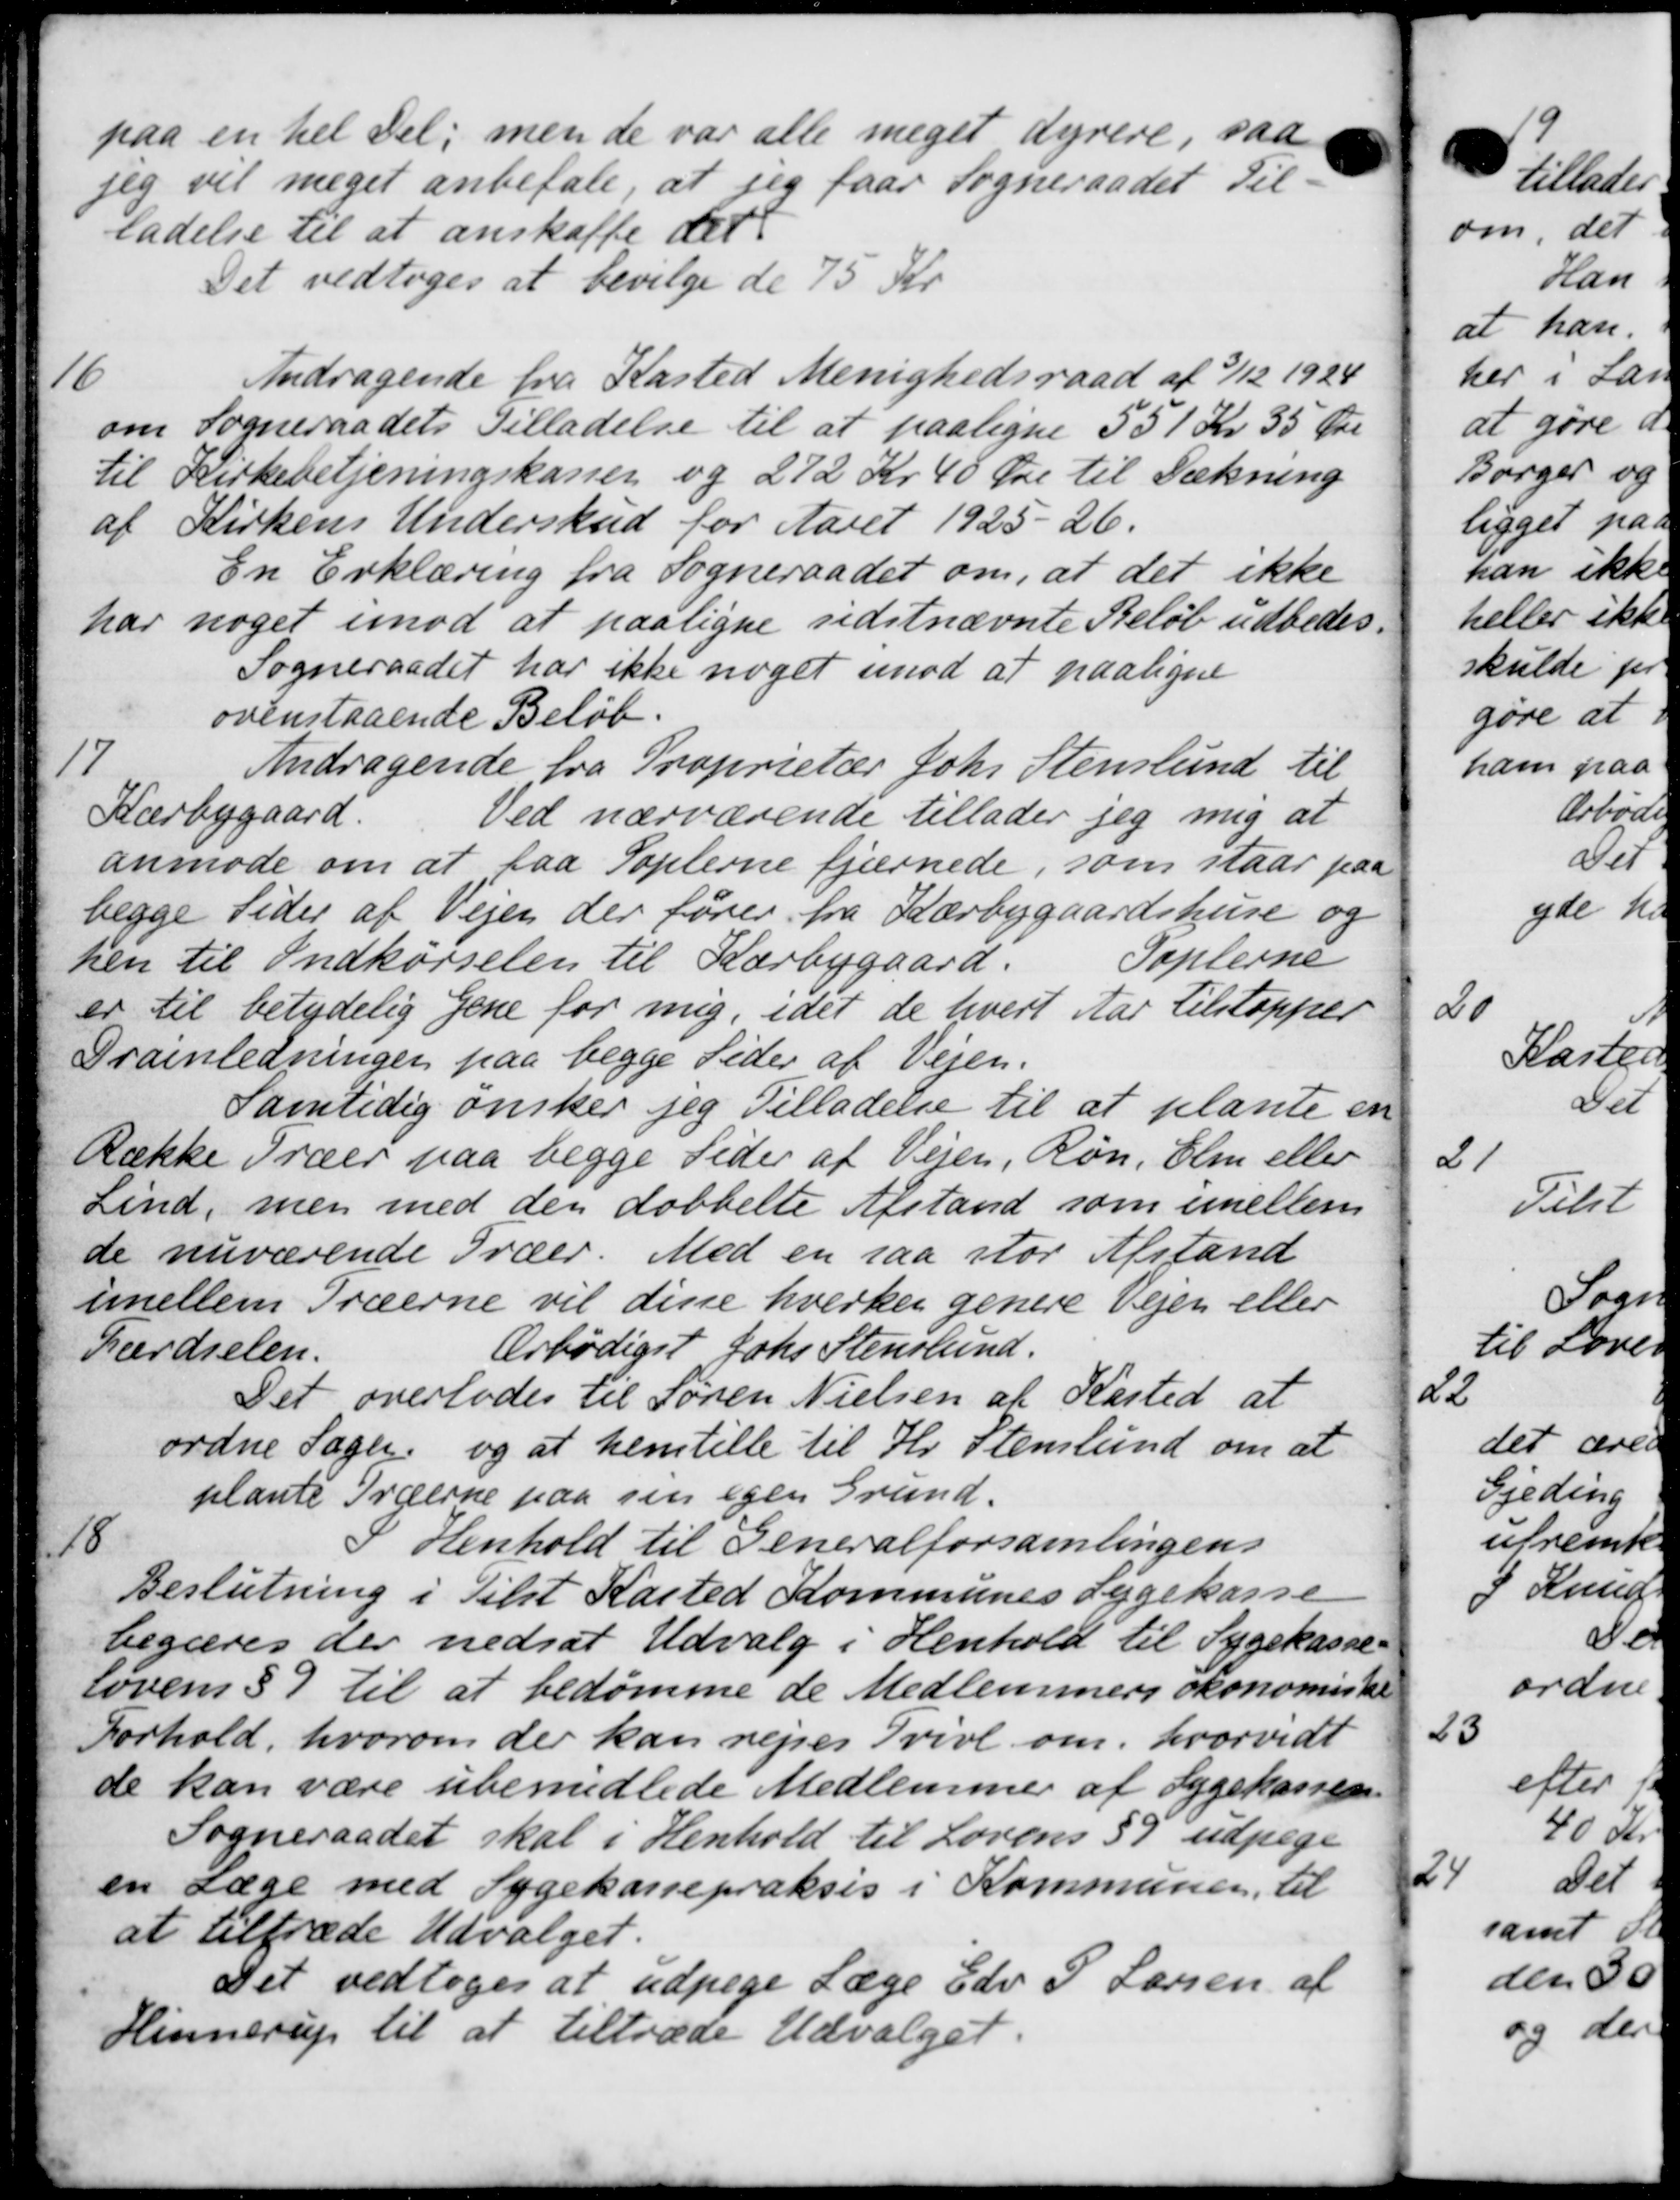
Transskription:
paa en hel Del; men de var alle meget dyrere, saa
seg vil meget anbefale, at jeg faar Sogneraadet Til-
ladelse til at anskaffe det
Det vedtoges at bevilge de 75 Kr.
16
Andragende fra Kasted Menighedsraad af 3/12 1924
om Sogneraadets Tilladelse til at paaligne 551 Kr 35 Øre
til Kirkebetjeningskasser og 272 Kr 40 Øre til Dækning
af Kirkens Underskud for Aaret 1925-26.
En Erklæring fra Sogneraadet om, at det ikke
har noget imod at paaligne sidstnævnte Beløb udbedes.
Sogneraadet har ikke noget imod at paaligne
ovenstaaende Beløb.
17
Andragende fra Proprietær Johs. Stenlund til
Kærbygaard.
Ved nærværende tillader jeg mig at
anmode om at faa Soplerne fjærnede, som staar paa
begge Sider af Vejen der fører fra Kærbygaardshuse og
Poplerne
ten til Indkørselen til Karbygaard:
er til betydelig gene for mig, idet de hvert Aar tilstopper
Oranledningen paa begge Sider af Vejen.
Samtidig ønsker jeg Tilladelse til at plante en
Række Træer paa begge Sider af Vejen, Røn, Elm eller
Lind, men med den dobbelte Afstand som imellem
de nuværende Træer. Med en saa stor Afstand
imellem Træerne vil disse hverken genere Vejen eller
Færdselen.
Ærbødigst Johs Stenslund.
Det overlodes til Søren Nielsen af Kasted at
ordne Sager og at henstille til Hr. Stenlund om at
plante Træerne paa sin egen Grund.
18
Henhold til Generalforsamlingens
Beslutning i Tilst Kasted Kommunes Sygekasse
-
begæres der nedsat Udvalg i Henhold til Sygekasse-
lovens § 9 til at bedømme de Medlemmers økonomisker
Forhold, hvorom der kan rejses Tvivl om, hvorvidt
de kan være ubemidlede Medlemmer af Sygekassen.
Sogneraadet skal i Henhold til Lovens § 9 udpege
en Læge med Sygekassepraksis i Kommunen, til
at tiltræde Udvalget.
Det vedtoges at udpege Læge Edv P Larsen af
Hinnerup til at tiltræde Udvalget.